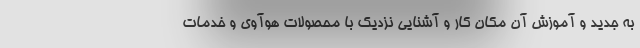
به جدید و آموزش آن مکان کار و آشنایی نزدیک با محصولات هوآوی و خدمات